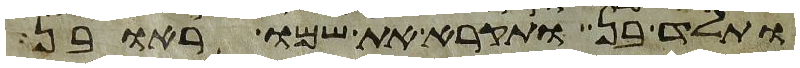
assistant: ותלד בן ותקרא את שמו ראובן